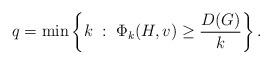
LaTeX: \begin{align*}q= \min\left\{k \; : \; \Phi_k (H,v)\geq\frac{D(G)}{k}\right\}.\end{align*}